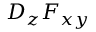
D _ { z } F _ { x y }